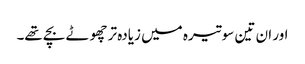
اور ان تین سو تیرہ میں زیادہ تر چھوٹے بچے تھے۔